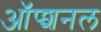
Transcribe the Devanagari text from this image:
ऑप्शनल